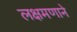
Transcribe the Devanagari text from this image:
लक्षमणाने